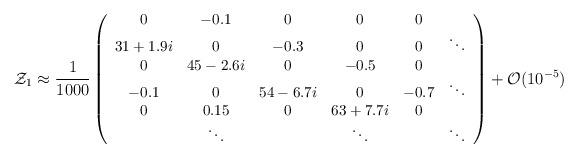
LaTeX: \begin{align*}{\cal Z}_1 \approx {1\over 1000} \left({\small \begin{array}{cccccc}0 & -0.1 & 0 & 0 & 0 & \\31+1.9i & 0 & -0.3 & 0 & 0 & \ddots\\0 & 45-2.6i & 0 & -0.5 & 0 & \\-0.1 & 0 & 54-6.7i & 0 & -0.7 & \ddots\\0 & 0.15 & 0 & 63+7.7i & 0 & \\& \ddots & & \ddots & & \ddots\\\end{array}}\right) + {\cal O}(10^{-5})\end{align*}